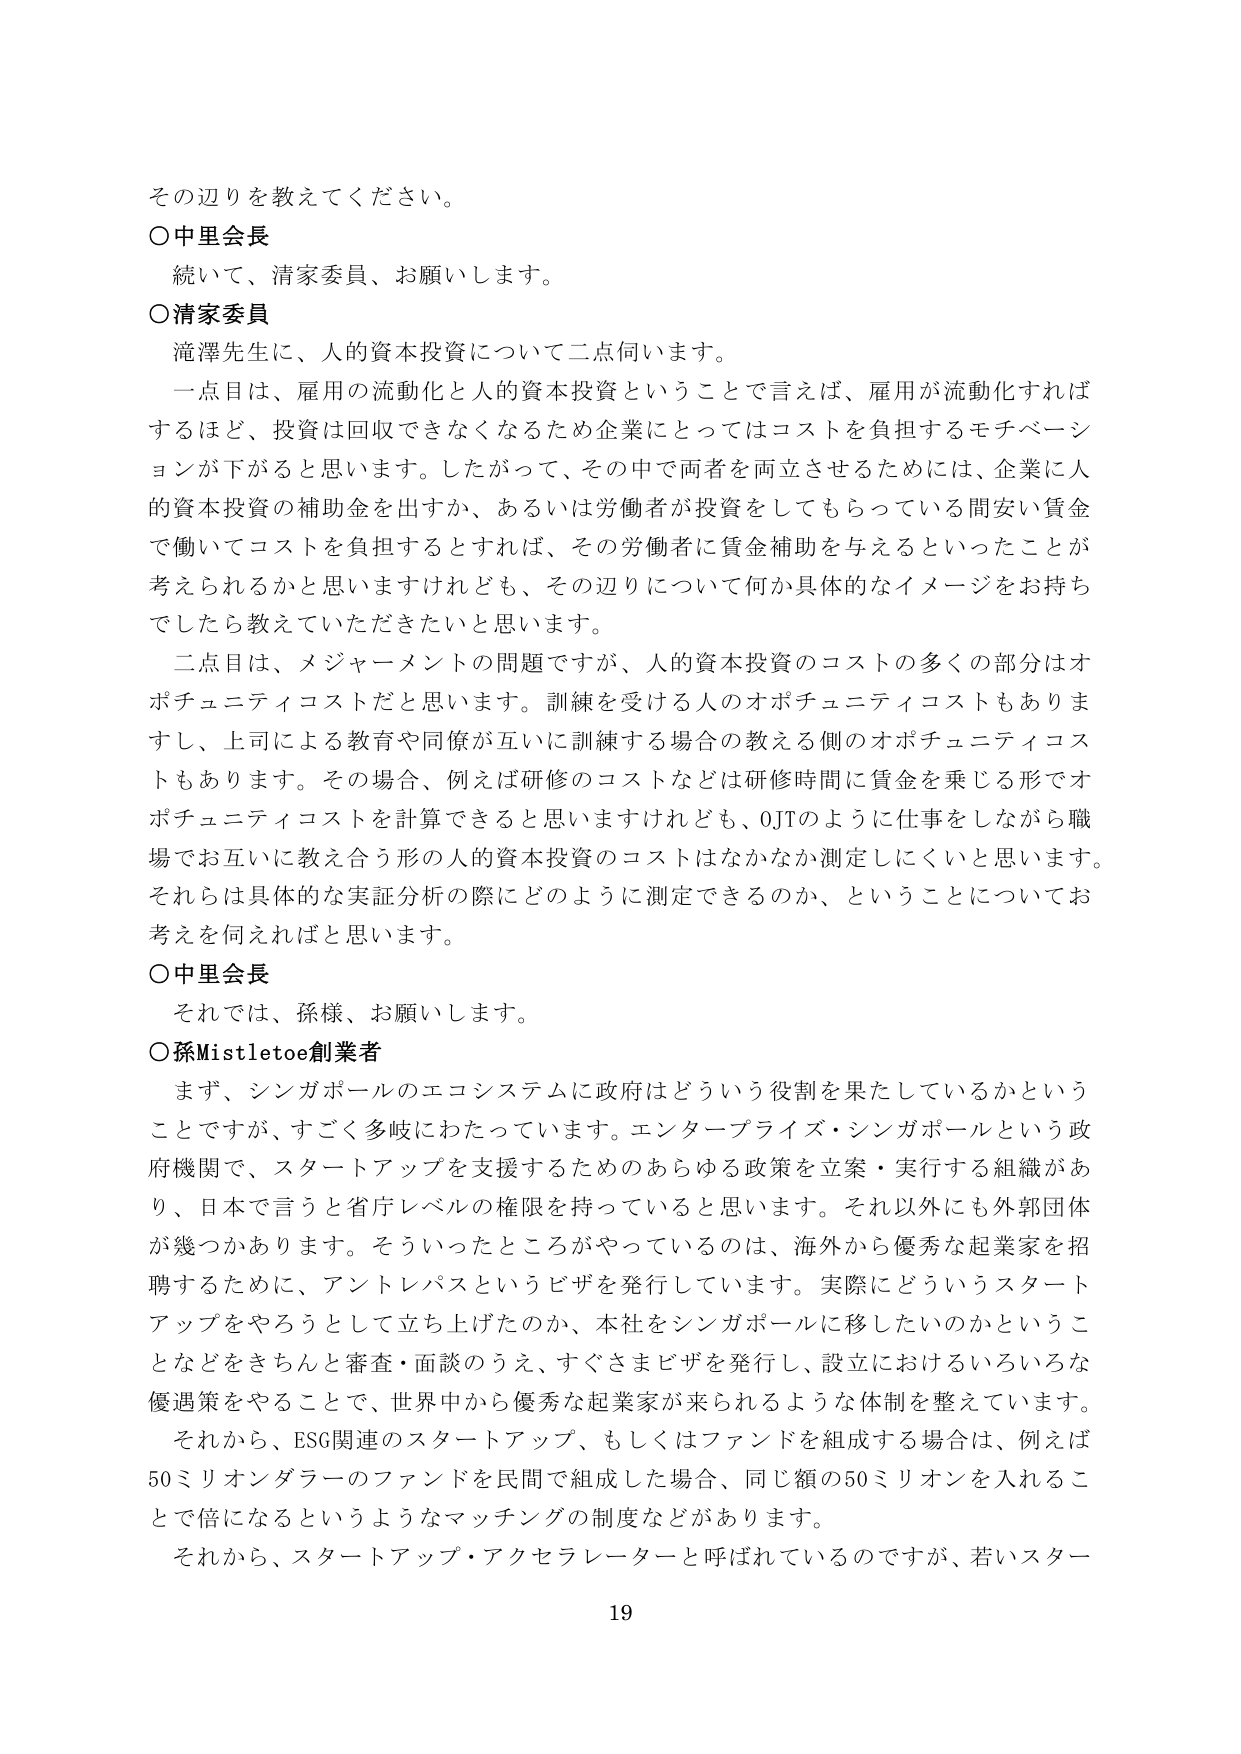
その辺りを教えてください。

〇中里会長
　続いて、清家委員、お願いします。

〇清家委員
　滝澤先生に、人的資本投資について二点伺います。
　一点目は、雇用の流動化と人的資本投資ということで言えば、雇用が流動化すれば
するほど、投資は回収できなくなるため企業にとってはコストを負担するモチベーシ
ョンが下がると思います。したがって、その中で両者を両立させるためには、企業に人
的資本投資の補助金を出すか、あるいは労働者が投資をしてもらっている間安い賃金
で働いてコストを負担するとすれば、その労働者に賃金補助を与えるといったことが
考えられるかと思いますけれども、その辺りについて何か具体的なイメージをお持ち
でしたら教えていただきたいと思います。
　二点目は、メジャーメントの問題ですが、人的資本投資のコストの多くの部分はオ
プチュニティコストだと思います。訓練を受ける人のオプチュニティコストもありま
すし、上司による教育や同僚が互いに訓練する場合の教える側のオプチュニティコス
トもあります。その場合、例えば研修のコストなどは研修時間に賃金を乗じる形でオ
プチュニティコストを計算できると思いますけれども、OJTのように仕事をしながら職
場でお互いに教え合う形の人的資本投資のコストはなかなか測定しにくいと思います。
それらは具体的な実証分析の際にどのように測定できるのか、ということについてお
考えを伺えればと思います。

〇中里会長
　それでは、孫様、お願いします。

〇孫Mistletoe創業者
　まず、シンガポールのエコシステムに政府はどういう役割を果たしているかという
ことですが、すごく多岐にわたっています。エンタープライズ・シンガポールという政
府機関で、スタートアップを支援するためのあらゆる政策を立案・実行する組織があ
り、日本で言うと省庁レベルの権限を持っていると思います。それ以外にも外郭団体
が幾つかあります。そういったところがやっているのは、海外から優秀な起業家を招
聘するために、アントレパスというビザを発行しています。実際にどういうスタート
アップをやろうとして立ち上げたのか、本社をシンガポールに移したいのかというこ
となどをきちんと審査・面談のうえ、すぐさまビザを発行し、設立におけるいろいろな
優遇策をやることで、世界中から優秀な起業家が来られるような体制を整えています。
　それから、ESG関連のスタートアップ、もしくはファンドを組成する場合は、例えば
50ミリオンダラーのファンドを民間で組成した場合、同じ額の50ミリオンを入れるこ
とで倍になるというようなマッチングの制度などがあります。
　それから、スタートアップ・アクセラレーターと呼ばれているのですが、若いスター

19